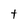
Character: t